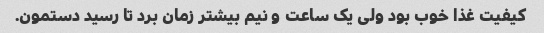
کیفیت غذا خوب بود ولی یک ساعت و نیم بیشتر زمان برد تا رسید دستمون.